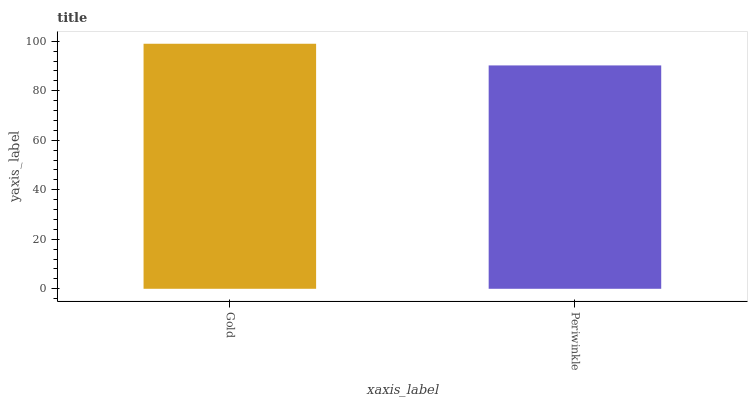
| xaxis_label | bars |
 | --- | --- |
 | Gold | 99 |
 | Periwinkle | 90.2 |